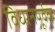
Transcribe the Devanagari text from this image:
विधानपूर्वक